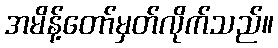
အမိန့်တော်မှတ်လိုက်သည်။